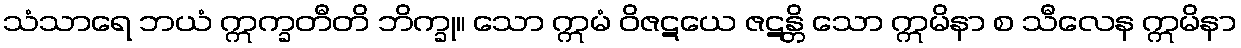
သံသာရေ ဘယံ ဣက္ခတီတိ ဘိက္ခု။ သော ဣမံ ဝိဇဋယေ ဇဋန္တိ သော ဣမိနာ စ သီလေန ဣမိနာ